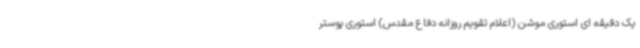
یک دقیقه ای استوری موشن (اعلام تقویم روزانه دفاع مقدس) استوری پوستر